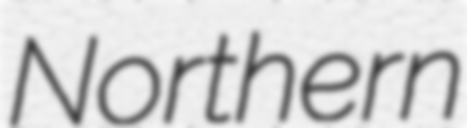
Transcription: Northern